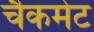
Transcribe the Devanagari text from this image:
चैकमेट